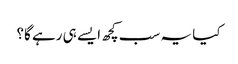
کیا یہ سب کچھ ایسے ہی رہے گا؟